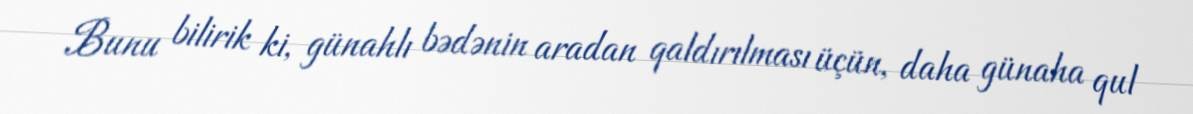
Bunu bilirik ki, günahlı bədənin aradan qaldırılması üçün, daha günaha qul